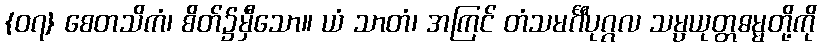
{၀၇} စေတသိကံ၊ စိတ်၌မှီသော။ ယံ သာတံ၊ အကြင် တံသမင်္ဂီပုဂ္ဂလ သမ္ပယုတ္တဓမ္မတို့ကို